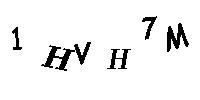
1HVH7M